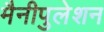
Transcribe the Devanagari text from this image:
मैनीपुलेशन